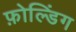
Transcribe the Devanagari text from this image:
फ़ोल्डिंग